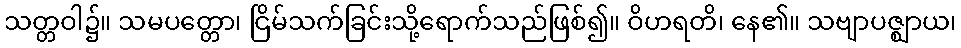
သတ္တဝါ၌။ သမပတ္တော၊ ငြိမ်သက်ခြင်းသို့ရောက်သည်ဖြစ်၍။ ဝိဟရတိ၊ နေ၏။ သဗျာပဇ္ဈာယ၊